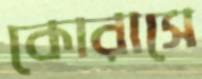
কোরাসে